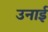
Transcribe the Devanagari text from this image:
उनाई